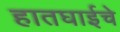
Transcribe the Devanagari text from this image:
हातघाईचे